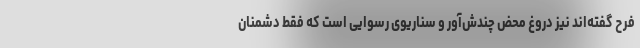
فرح گفته‌اند نیز دروغ محض چندش‌آور و سناریوی رسوایی است که فقط دشمنان